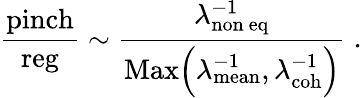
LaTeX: {\frac{\mathrm{pinch}}{\mathrm{reg}}}\sim{\frac{\lambda_{\mathrm{non\ eq}}^{-1}}{\mathrm{Max}\Big(\lambda_{\mathrm{mean}}^{-1},\lambda_{\mathrm{coh}}^{-1}\Big)}}\; .